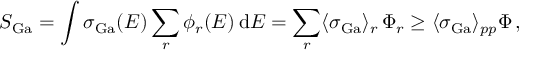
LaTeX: S _ { \mathrm { G a } } = \int \sigma _ { \mathrm { G a } } ( E ) \sum _ { r } \phi _ { r } ( E ) \, \mathrm { d } E = \sum _ { r } \langle \sigma _ { \mathrm { G a } } \rangle _ { r } \, \Phi _ { r } \geq \langle \sigma _ { \mathrm { G a } } \rangle _ { p p } \Phi \, ,